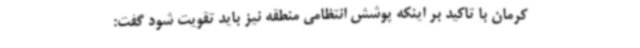
کرمان با تاکید بر اینکه پوشش انتظامی منطقه نیز باید تقویت شود گفت: